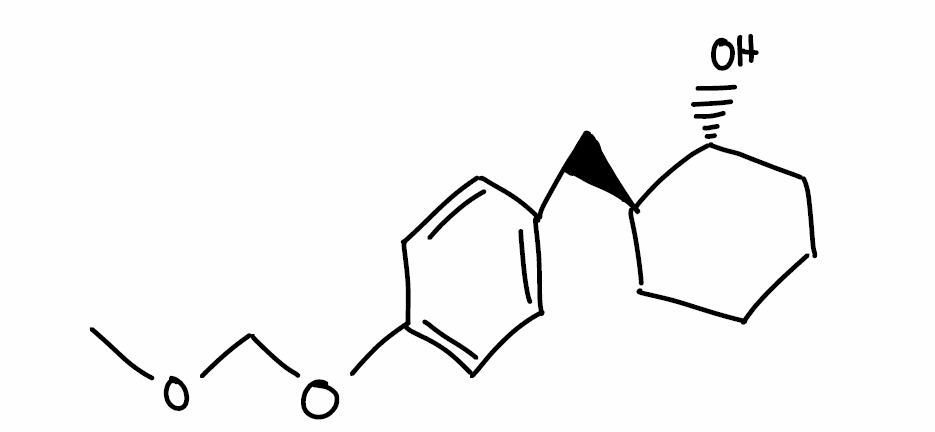
Simplified molecular-input line-entry system (SMILES) notation of the given molecule:
COCOC1=CC=C(C=C1)C[C@@H]2CCCC[C@H]2O